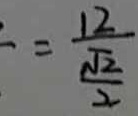
= \frac { 1 2 } { \frac { \sqrt { 2 } } { 2 } }